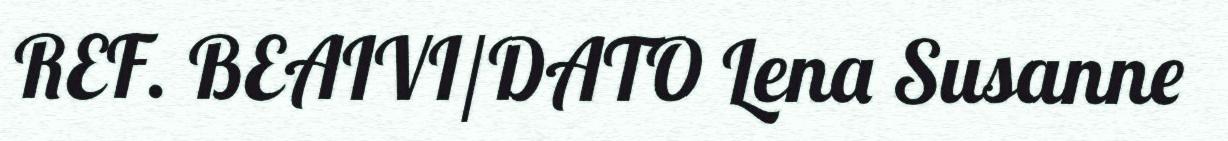
REF. BEAIVI/DATO Lena Susanne